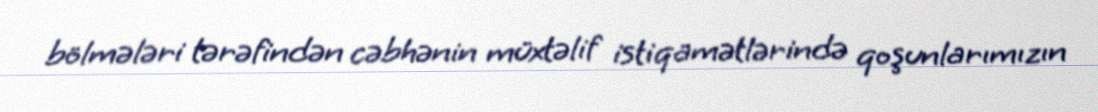
bölmələri tərəfindən cəbhənin müxtəlif istiqamətlərində qoşunlarımızın